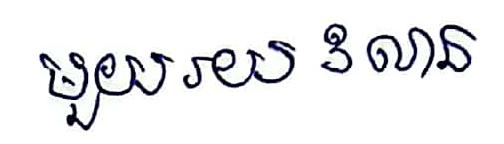
មួយរយ3លាន